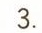
3.